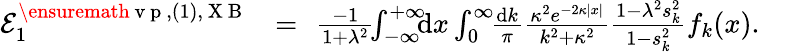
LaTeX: \begin{array}{rlr}{{\cal E}_{1}^{\ensuremath{\mathrm{~v~p~}},(1),\mathrm{~X~B~}}\! \! }&{{}=}&{\! \! \frac{-1}{1+\lambda^{2}}\! \! \int_{-\infty}^{+\infty}\! \! \! \mathrm{d}x\int_{0}^{\infty}\! \! \frac{\mathrm dk}{\pi}\frac{\kappa^{2}e^{-2\kappa|x|}}{k^{2}+\kappa^{2}}\frac{1-\lambda^{2}s_{k}^{2}}{1-s_{k}^{2}}f_{k}(x).\; \; \; \; \; }\end{array}